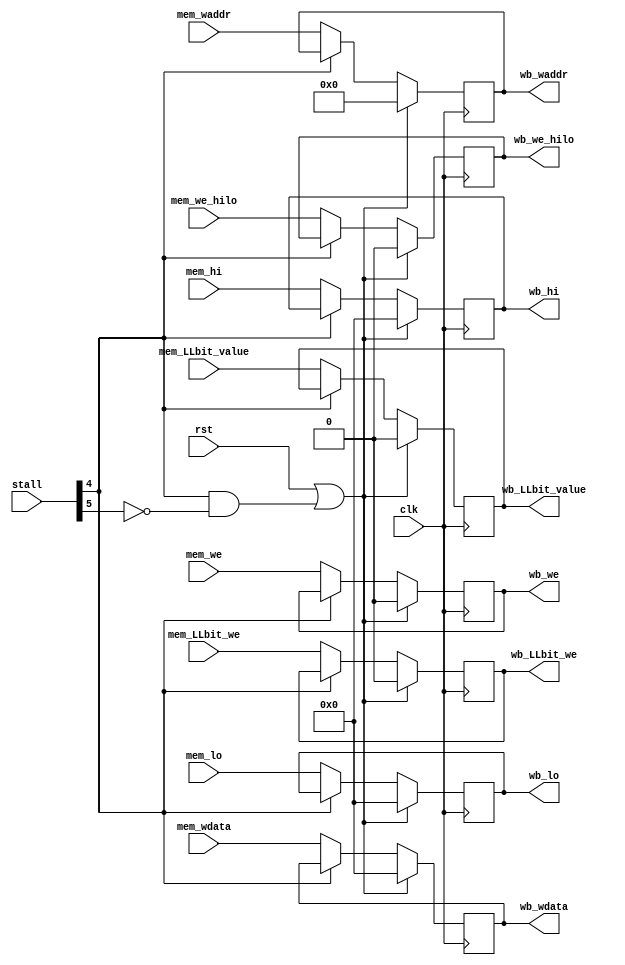
module reg_mem_wb (
    input             mem_we         ,
    input      [ 4:0] mem_waddr      ,
    input      [31:0] mem_wdata      ,
    output reg        wb_we          ,
    output reg [ 4:0] wb_waddr       ,
    output reg [31:0] wb_wdata       ,
    input             mem_we_hilo    ,
    input      [31:0] mem_hi         ,
    input      [31:0] mem_lo         ,
    output reg        wb_we_hilo     ,
    output reg [31:0] wb_hi          ,
    output reg [31:0] wb_lo          ,
    input      [ 5:0] stall          ,
    input             mem_LLbit_we   ,
    input             mem_LLbit_value,
    output reg        wb_LLbit_we    ,
    output reg        wb_LLbit_value ,
    input             clk            ,
    input             rst
);

    always @(posedge clk) begin
        if (rst || (stall[4] && !stall[5])) begin
            wb_we          <= 0;
            wb_waddr       <= 0;
            wb_wdata       <= 0;
            wb_we_hilo     <= 0;
            wb_hi          <= 0;
            wb_lo          <= 0;
            wb_LLbit_we    <= 0;
            wb_LLbit_value <= 0;
        end else if (!stall[4]) begin
            wb_we          <= mem_we;
            wb_waddr       <= mem_waddr;
            wb_wdata       <= mem_wdata;
            wb_we_hilo     <= mem_we_hilo;
            wb_hi          <= mem_hi;
            wb_lo          <= mem_lo;
            wb_LLbit_we    <= mem_LLbit_we   ;
            wb_LLbit_value <= mem_LLbit_value;
        end
    end

endmodule // reg_mem_wb